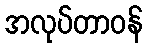
အလုပ်တာဝန်